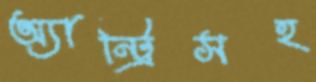
অ্যান্ট্রিসহ